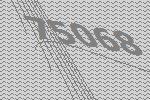
75068